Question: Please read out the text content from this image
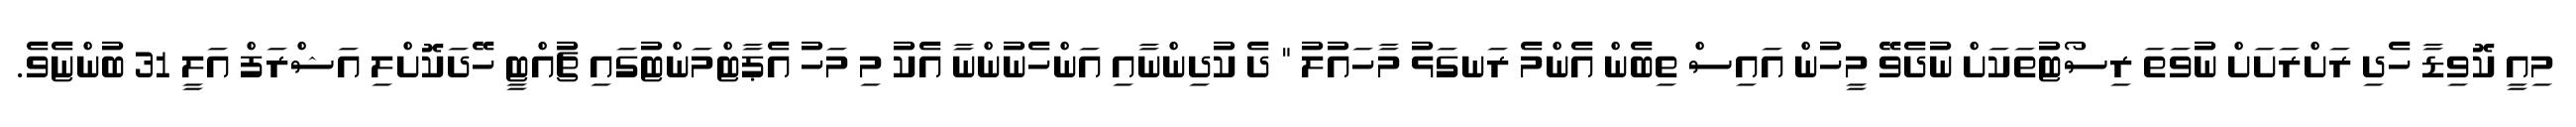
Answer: މިއީ ކޮވިޑާ ހެދި ރަށްރަށަށް ނުވަތަ ރިސޯޓުތަކަށް ނުދެވޭ މީހުން އައިސް ތިބެން އެންމެ ރަނގަޅު މާހައުލު " ދެ ކުދިންނާއި އަންހެނުންނާ އެކު މި މަހު އެޕާޓްމަންޓުގައި ޗުއްޓީ ހޭދަކޮށްލި އަޝްރަފް އަލީ 31 ބުންޏެވެ.